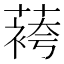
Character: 𬞔